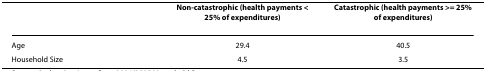
|  | Non-catastrophic (health payments < 25% of expenditures) | Catastrophic (health payments >= 25% of expenditures) |
 | --- | --- | --- |
 | Age | 29.4 | 40.5 |
 | Household Size | 4.5 | 3.5 |